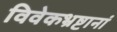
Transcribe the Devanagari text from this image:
विवेकभ्रष्टानां